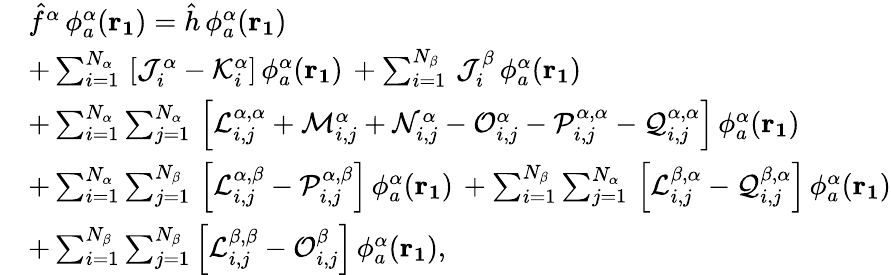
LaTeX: \begin{array}{rl}&{\hat{f}^{\alpha}\, \phi_{a}^{\alpha}(\mathbf{r_{1}})=\hat{h}\, \phi_{a}^{\alpha}(\mathbf{r_{1}})}\\ &{+\sum_{i=1}^{N_{\alpha}}\, \left[\mathcal{J}_{i}^{\alpha}-\mathcal{K}_{i}^{\alpha}\right]\, \phi_{a}^{\alpha}(\mathbf{r_{1}})\, +\sum_{i=1}^{N_{\beta}}\, \mathcal{J}_{i}^{\beta}\, \phi_{a}^{\alpha}(\mathbf{r_{1}})}\\ &{+\sum_{i=1}^{N_{\alpha}}\sum_{j=1}^{N_{\alpha}}\, \left[\mathcal{L}_{i,j}^{\alpha,\alpha}+\mathcal{M}_{i,j}^{\alpha}+\mathcal{N}_{i,j}^{\alpha}-\mathcal{O}_{i,j}^{\alpha}-\mathcal{P}_{i,j}^{\alpha,\alpha}-\mathcal{Q}_{i,j}^{\alpha,\alpha}\right]\, \phi_{a}^{\alpha}(\mathbf{r_{1}})}\\ &{+\sum_{i=1}^{N_{\alpha}}\sum_{j=1}^{N_{\beta}}\, \left[\mathcal{L}_{i,j}^{\alpha,\beta}-\mathcal{P}_{i,j}^{\alpha,\beta}\right]\, \phi_{a}^{\alpha}(\mathbf{r_{1}})\, +\sum_{i=1}^{N_{\beta}}\sum_{j=1}^{N_{\alpha}}\, \left[\mathcal{L}_{i,j}^{\beta,\alpha}-\mathcal{Q}_{i,j}^{\beta,\alpha}\right]\, \phi_{a}^{\alpha}(\mathbf{r_{1}})}\\ &{+\sum_{i=1}^{N_{\beta}}\sum_{j=1}^{N_{\beta}}\left[\mathcal{L}_{i,j}^{\beta,\beta}-\mathcal{O}_{i,j}^{\beta}\right]\, \phi_{a}^{\alpha}(\mathbf{r_{1}})\mathrm{,}}\end{array}